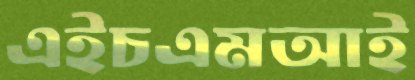
এইচএমআই